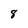
Character: 8